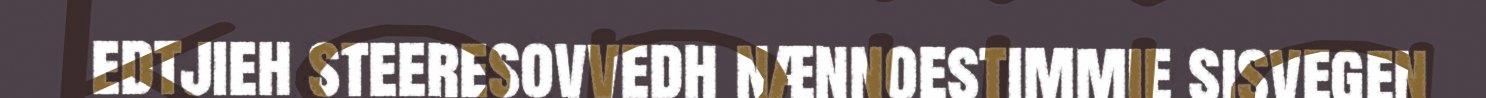
edtjieh steeresovvedh nænnoestimmie sisvegen